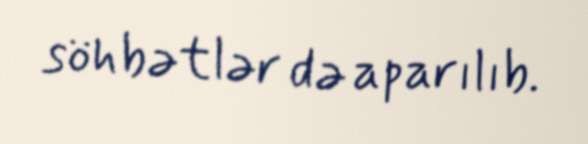
söhbətlər də aparılıb.